Tartu_Kolgata_baptistikogudus, lk 17
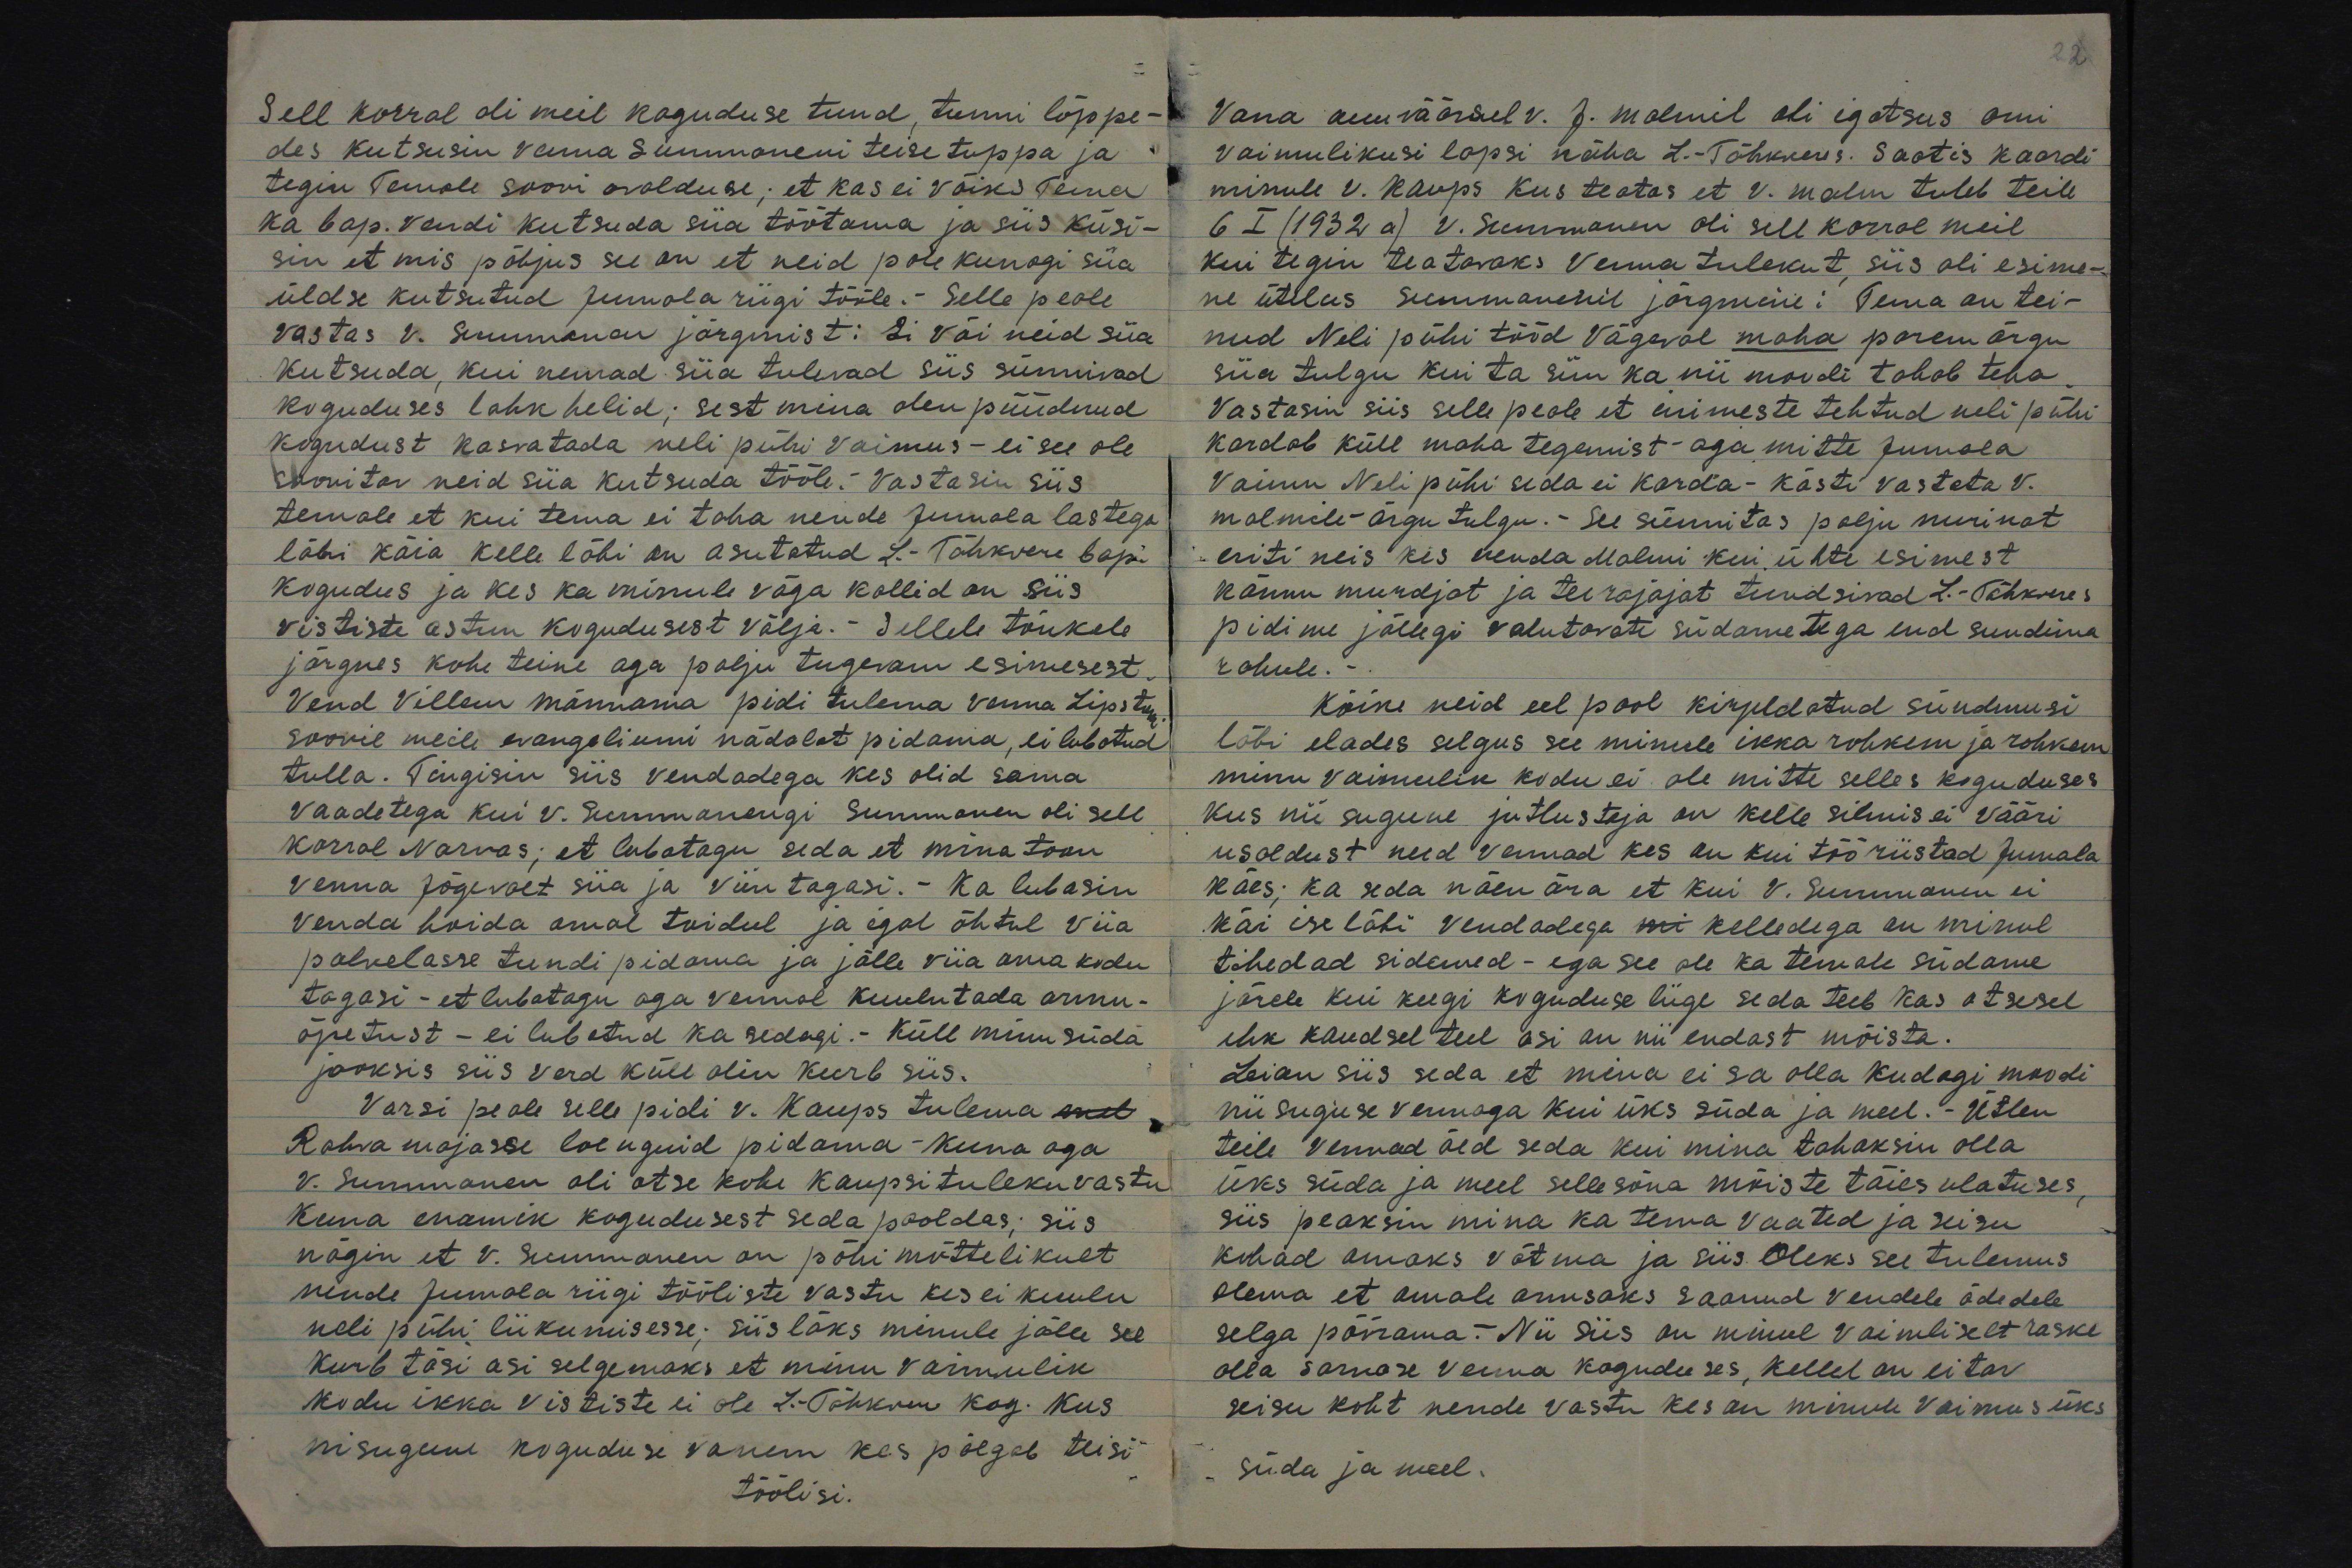
22.

Sell korral oli meil koguduse tund, tunni lõppe-
des kutsusin venna Summaneni teise tuppa ja
tegin Temale soovi avalduse; et kas ei võiks Tema
ka bap. vendi kutsuda siia töötama ja siis küsi-
sin et mis põhjus see on et neid pole kunagi siia-
üldse kutsutud Jumalariigi tööle. - Selle peale
vastas V. Summanen järgmist: Ei või neid siia
kutsuda, kui nemad siia tulevad siis sünnivad
koguduses lahkhelid; sest mina olen püüdnud
kogudust kasvatada neli pühi vaimus - ei see ole
soovitav neid siia kutsuda tööle. Vastasin siis
temale et kui tema ei taha nende Jumala lastega
läbi käia kelle läbi on asutatud L.-Tähkvere bap.
kogudus ja kes ka minule väga kallid on siis
vististe astun kogudusest välja.- Sellele tõukele
järgnes kohe teine aga palju tugevam esimesest.
Vend Villem Männama pidi tulema venna Lipstoni
soovil meile evangeliumi nädalat pidama, ei lubatud
tulla. Tingisin siis vendadega kes olid sama
vaadetega kui v. Summanengi Summanen oli sell
korral Narvas; et lubatagu seda et mina toon
Venna Jõgevalt siia ja viin tagasi.- Ka lubasin
Venda hoida omal toidul ja igal õhtul viia
palvelasse tundi pidama ja jälle viia oma kodu
tagasi - et lubatagu aga vennal kuulutada armu-
õpetust - ei lubatud ka sedagi.- Küll minu süda
jooksis siis verd küll olin kurb siis.
Varsi peale selle pidi v. Kaups tulema mel
Rahva majasse loenguid pidama - Kuna aga
V. Summanen oli otse kohe Kaupsi tuleku vastu
kuna enamik kogudusest seda pooldas; siis
nägin et V. Summanen on põhi mõttelikult
nende Jumala riigi tööliste vastu kes ei kuulu
neli pühi liikumisesse; siis läks minule jälle see,
Kurb tõsi asi selgemaks et minu vaimulik
kodu ikka vististe ei ole L.-Tähkvere kog. kus
nisugune koguduse vanem kes põlgab teisi
töölisi.

Vana auväärsel v. J. Malmil oli igatsus omi
vaimulikusi lapsi näha L.-Tähkeveres. Saatis kaardi
minule v. Kaups kus teatas et v. Malm tuleb teile
6 I (1932 a) v. Summanen oli sell korral meil
kui tegin teatavaks Venna tulekut, siis oli esime-
ne ütelus Summanenil järgmine: Tema on tei-
nud Neli pühi tööd Vägeval maha parem ärgu
siia tulgu kui ta siin ka nii moodi tahab teha.
Vastasin siis selle peale et inimeste tehtud neli pühi
kardab küll maha tegemist aga mitte Jumala
Vaimu Neli pühi seda ei karda - kästi vastata V.
Malmile - ärgu tulgu.- See sünnitas palju nurinat
eriti neis kes venda Malmi kui ühte esimest
kännu murdjat ja tee rajajat tundsivad L.-Tähkveres
pidime jällegi valutavate südametega end sundima
rahule.
Kõike neid eel pool kirjeldatud sündmusi
läbi elades selgus see minule ikka rohkem ja rohkem
minu vaimulik kodu ei ole mitte selles koguduses
kus nii sugune jutlustaja on kelle silmis ei vääri
usaldust need vennad kes on kui töö riistad Jumala
käes; ka seda näen ära et kui V. Summanen ei
käi ise läbi vendadega mi kelledega on minul
tihedad sidemed - ega see ole ka temale südame
järele kui keegi koguduse liige seda teeb kas otsesel
ehk kaudsel teel asi on nii endast mõista.
Leian siis seda et mina ei sa olla kudagi moodi
nii suguse vennaga kui üks süda ja meel.- Ütlen
teile vennad õed seda kui mina tahaksin olla
üks süda ja meel sellesõna mõiste täies ulatuses,
siis peaksin mina ka tema vaated ja seisu
kohad omaks võtma ja siis Oleks see tulemus
olema et omale armsaks saanud vendele õdedele
selga pöörama.- Nii siis on minul vaimliselt raske
olla sarnase venna koguduses, kellel on eitav
seisu koht nende vastu kes on minule Vaimus üks
süda ja meel.